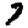
Digit: 7